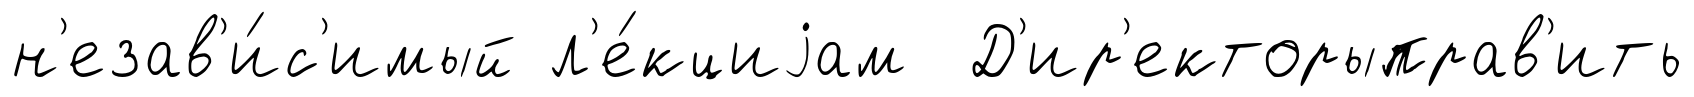
н'езав'и́с'имый л'е́кциjам Д'ир'екторыправ'ить